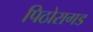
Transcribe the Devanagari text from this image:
पिठोरागड